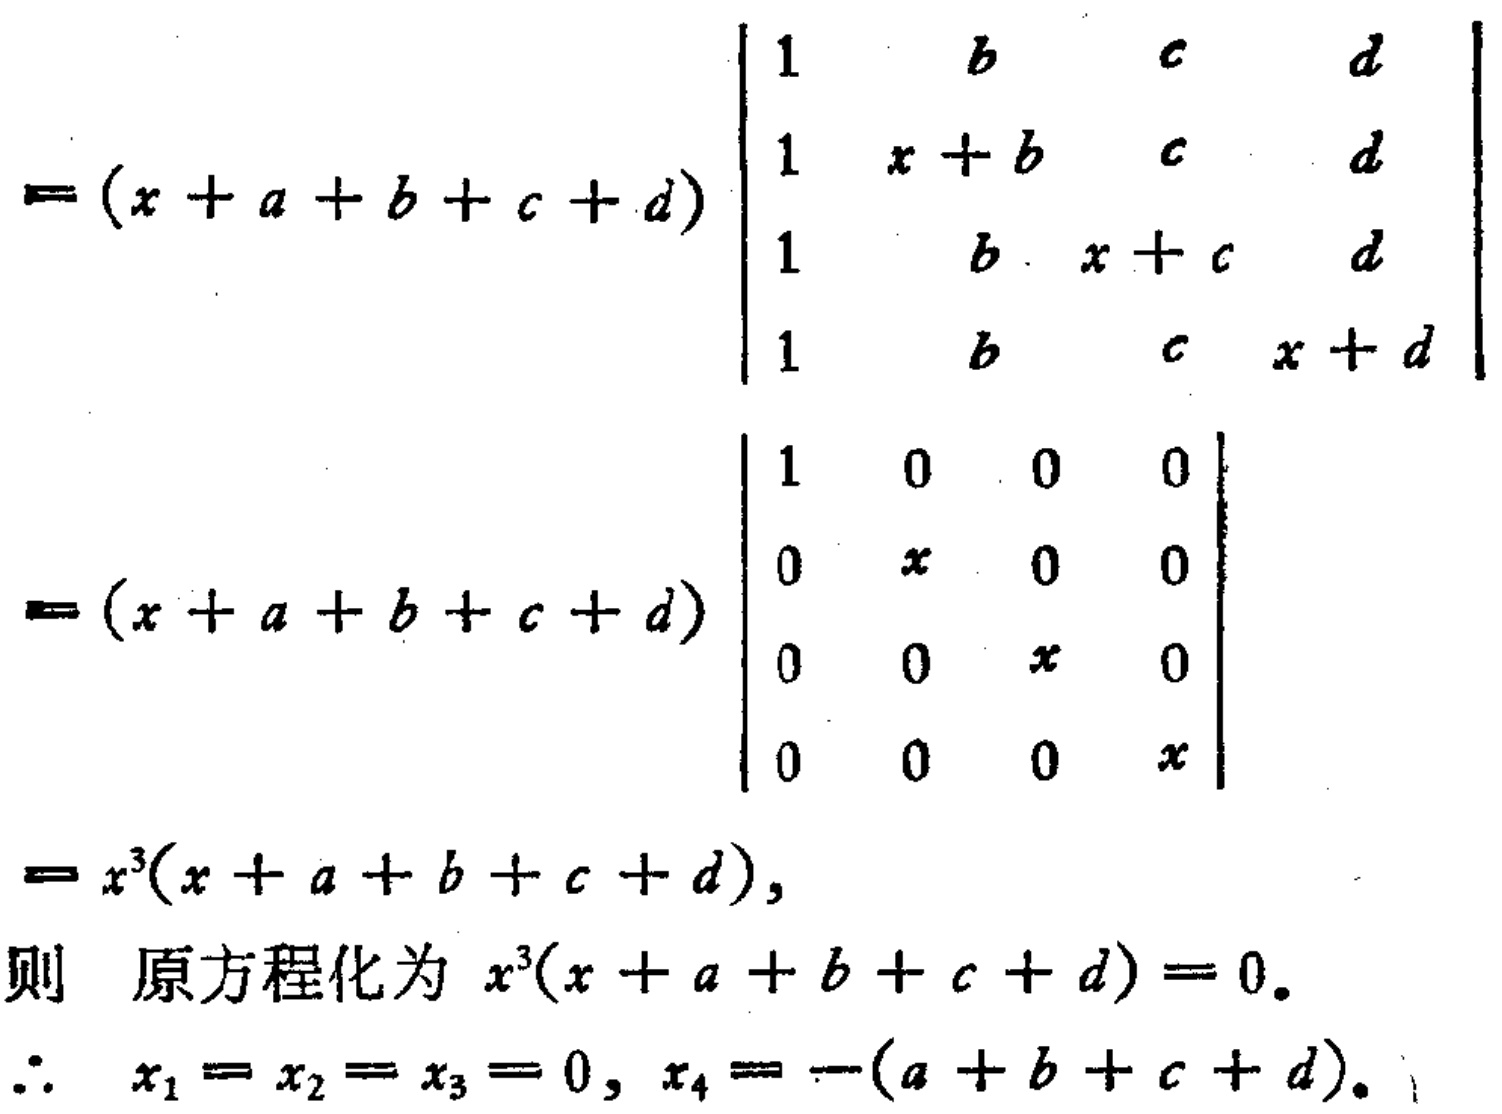
\[
\begin{align*}
&=(x + a + b + c + d)\begin{vmatrix}
1&b&c&d\\
1&x + b&c&d\\
1&b&x + c&d\\
1&b&c&x + d
\end{vmatrix}\\
&=(x + a + b + c + d)\begin{vmatrix}
1&0&0&0\\
0&x&0&0\\
0&0&x&0\\
0&0&0&x
\end{vmatrix}\\
&=x^{3}(x + a + b + c + d),
\end{align*}
\]
则 原方程化为 \(x^{3}(x + a + b + c + d)=0\)。
\(\therefore x_{1}=x_{2}=x_{3}=0,x_{4}=-(a + b + c + d)\)。